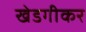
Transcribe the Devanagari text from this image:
खेडगीकर